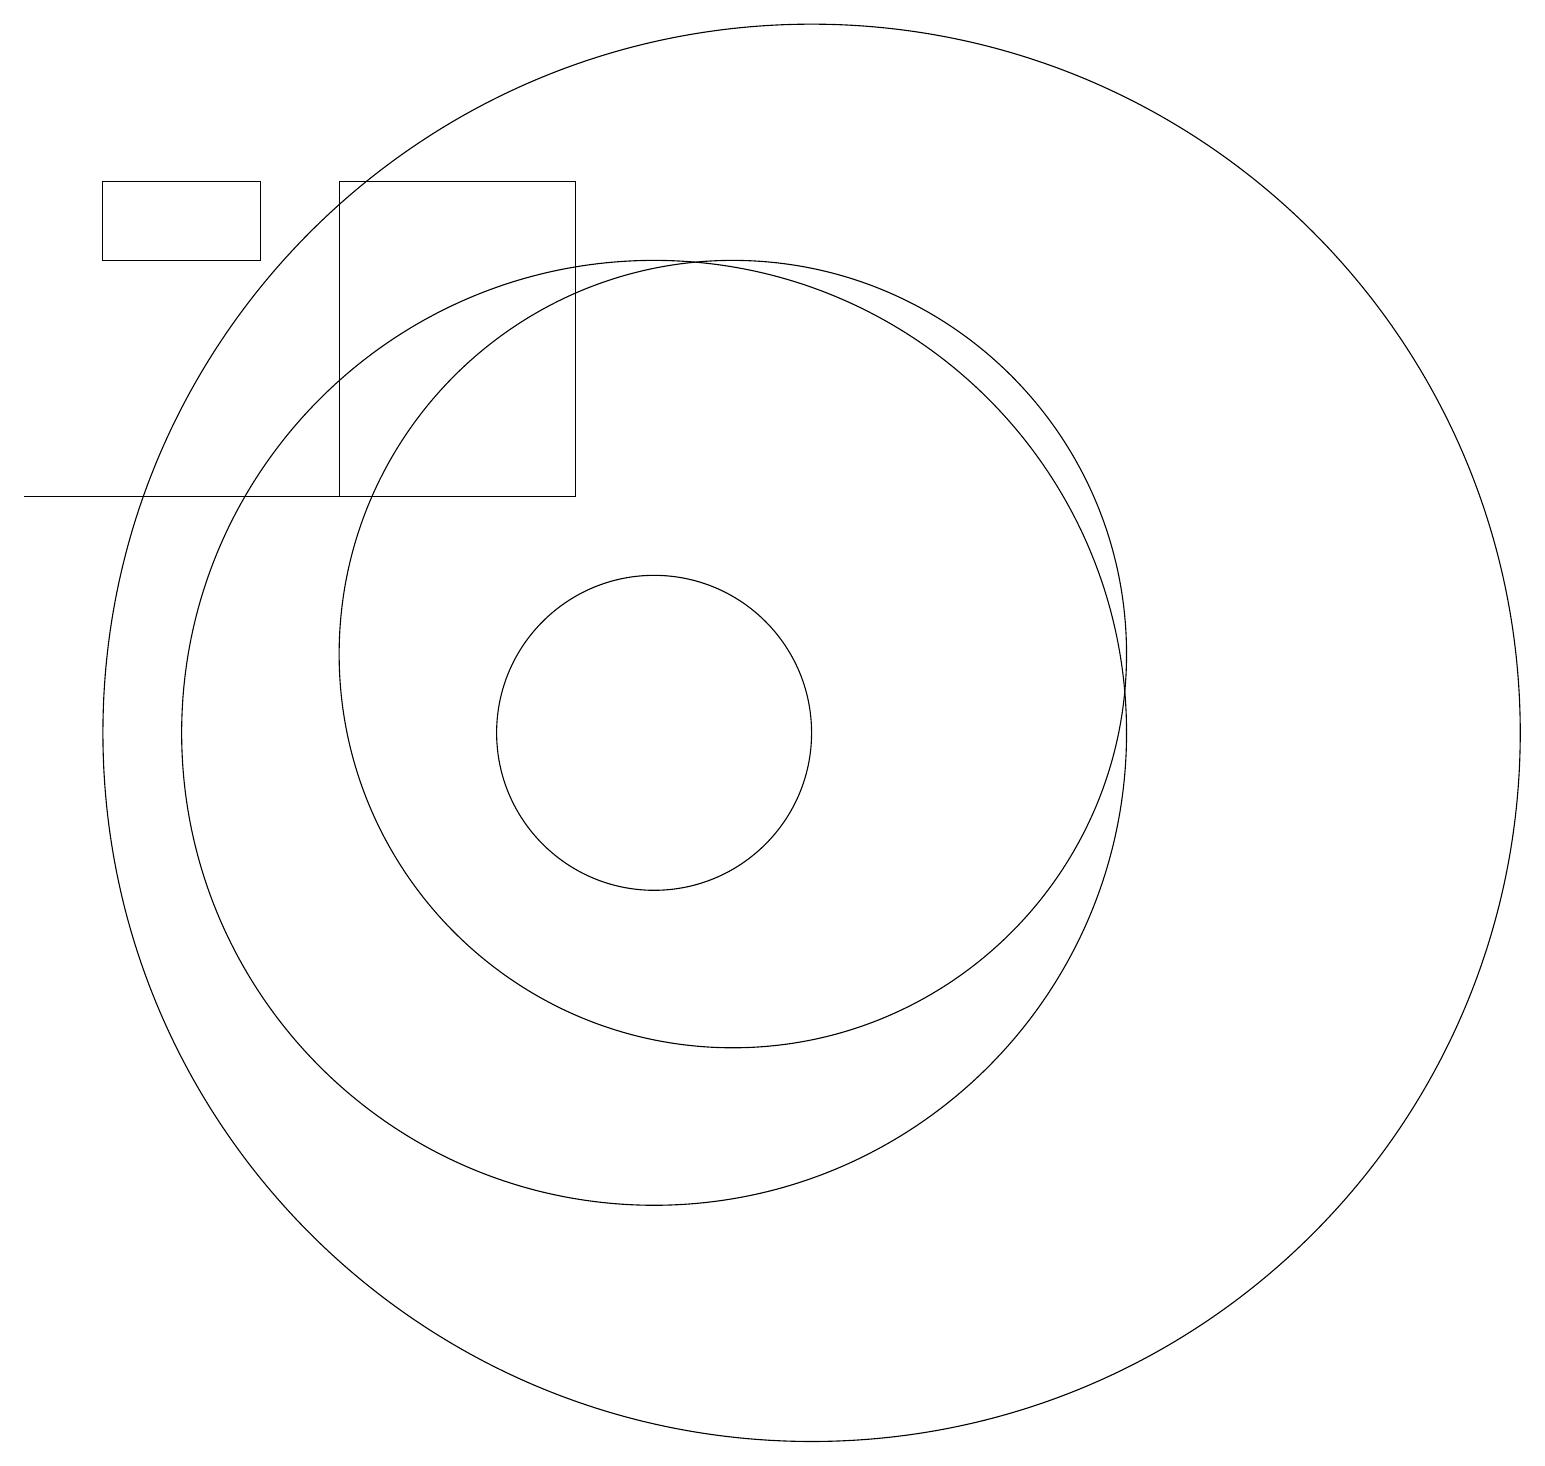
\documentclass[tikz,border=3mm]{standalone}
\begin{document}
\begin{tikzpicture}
\draw (5,18) rectangle (3,17);
\draw (11,12) circle (5);
\draw (10,11) circle (6);
\draw (10,11) circle (2);
\draw (6,18) rectangle (9,14);
\draw (2,14) rectangle (8,14);
\draw (12,11) circle (9);
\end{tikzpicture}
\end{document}